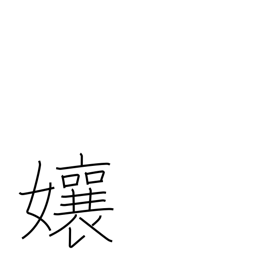
Meaning: Miss